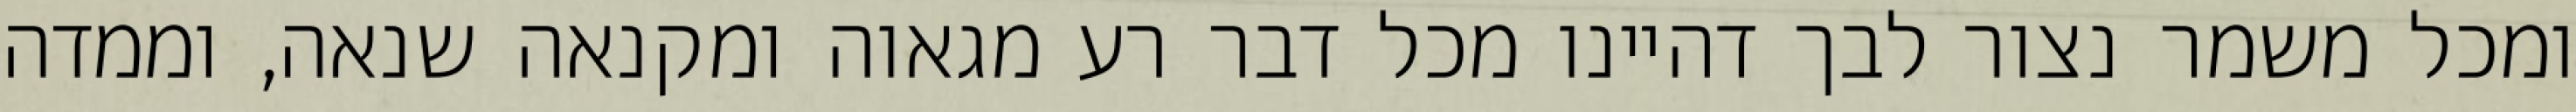
ומכל משמר נצור לבך דהיינו מכל דבר רע מגאוה ומקנאה שנאה, וממדה